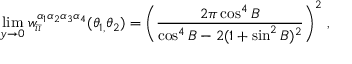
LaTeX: \operatorname * { l i m } _ { y \rightarrow 0 } w _ { i \bar { \imath } } ^ { \alpha _ { 1 } \alpha _ { 2 } \alpha _ { 3 } \alpha _ { 4 } } ( \theta _ { 1 , } \theta _ { 2 } ) = \left( \frac { 2 \pi \cos ^ { 4 } B } { \cos ^ { 4 } B - 2 ( 1 + \sin ^ { 2 } B ) ^ { 2 } } \right) ^ { 2 } \, ,